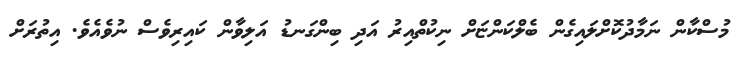
މުސްކާން ނަމާދުކޮށްލައިގެން ބެލްކަންޏަށް ނިކުތްއިރު އަދި ބިންގަނޑު އަލިވާން ކައިރިވެސް ނުވެއެވެ. އިތުރަށް